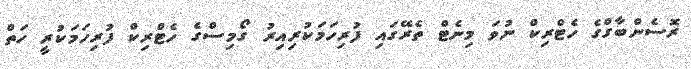
ރޮސެންބާގްގެ ހެޓްރިކް ނުވަ މިނެޓް ތެރޭގައި ފުރިހަމަކުރިއިރު ގޯމިސްގެ ހެޓްރިކް ފުރިހަމަކުރީ ހަތް